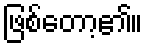
ဖြစ်တော့၏။